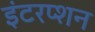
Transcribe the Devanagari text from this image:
इंटरप्शन